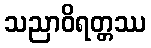
သညာဝိရတ္တဿ